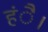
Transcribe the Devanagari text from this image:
हंै।